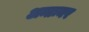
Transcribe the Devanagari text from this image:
अन्तःनर